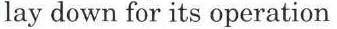
lay down for its operation